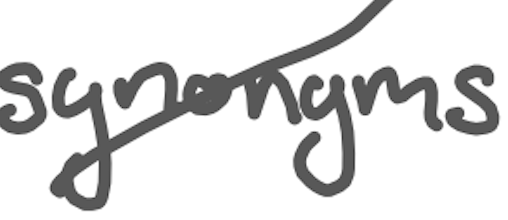
Text: synonyms
Cross-out: diagonal
Writing tool: digital_gray